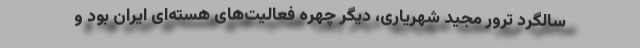
سالگرد ترور مجید شهریاری، دیگر چهره فعالیت‌های هسته‌ای ایران بود و